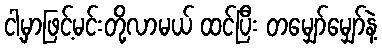
ငါ့မှာဖြင့်မင်းတို့လာမယ် ထင်ပြီး တမျှော်မျှော်နဲ့